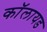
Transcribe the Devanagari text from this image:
कॉलायड